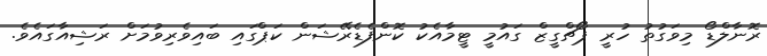
ރޮނާލްޑޯ މިވަގުތު ހުރީ ޕޯޗްގީޒް ގައުމީ ޓީމާއެކު ކޮންފެޑެރޭޝަން ކަޕްގައި ބައިވެރިވުމަށް ރަޝިއާގައެވެ.